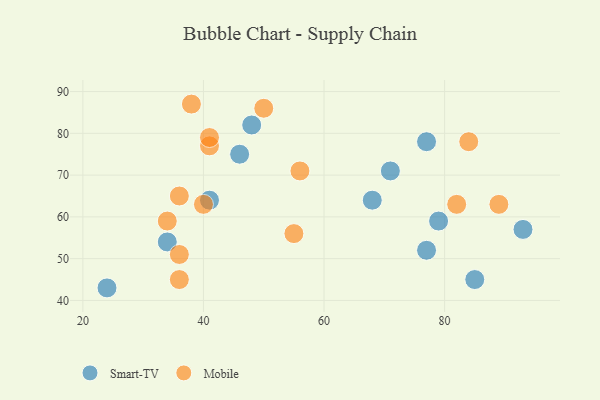
{"axis": {"x": "GDP", "y": "Life Expectancy"}, "legend": ["Mobile", "Smart-TV"], "data": [{"x": "71", "y": 71, "type": "Smart-TV"}, {"x": "77", "y": 52, "type": "Smart-TV"}, {"x": "48", "y": 82, "type": "Smart-TV"}, {"x": "85", "y": 45, "type": "Smart-TV"}, {"x": "24", "y": 43, "type": "Smart-TV"}, {"x": "68", "y": 64, "type": "Smart-TV"}, {"x": "41", "y": 64, "type": "Smart-TV"}, {"x": "79", "y": 59, "type": "Smart-TV"}, {"x": "34", "y": 54, "type": "Smart-TV"}, {"x": "77", "y": 78, "type": "Smart-TV"}, {"x": "46", "y": 75, "type": "Smart-TV"}, {"x": "93", "y": 57, "type": "Smart-TV"}, {"x": "89", "y": 63, "type": "Mobile"}, {"x": "36", "y": 51, "type": "Mobile"}, {"x": "82", "y": 63, "type": "Mobile"}, {"x": "34", "y": 59, "type": "Mobile"}, {"x": "36", "y": 65, "type": "Mobile"}, {"x": "56", "y": 71, "type": "Mobile"}, {"x": "40", "y": 63, "type": "Mobile"}, {"x": "55", "y": 56, "type": "Mobile"}, {"x": "41", "y": 77, "type": "Mobile"}, {"x": "50", "y": 86, "type": "Mobile"}, {"x": "84", "y": 78, "type": "Mobile"}, {"x": "38", "y": 87, "type": "Mobile"}, {"x": "36", "y": 45, "type": "Mobile"}, {"x": "41", "y": 79, "type": "Mobile"}]}